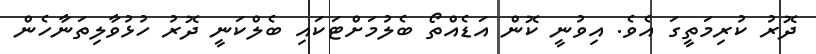
ދޮރު ކުރިމަތީގަ އެވެ. އިވުނީ ކޮން އަޑެއްތޯ ބެލުމަށްޓަކައި ބެލްކަނީ ދޮރު ހުޅުވާލިތަނާހެން